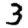
Digit: 3